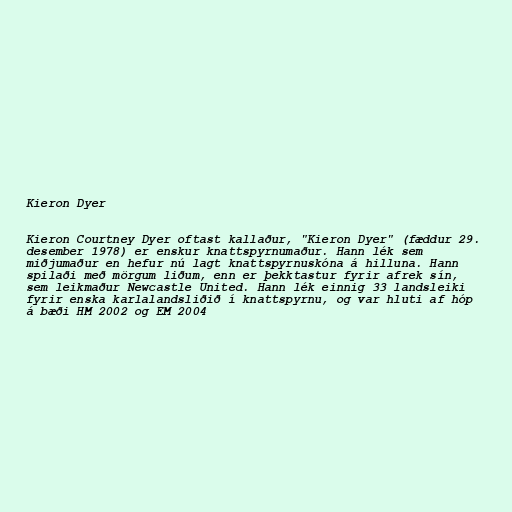
Kieron Dyer

Kieron Courtney Dyer oftast kallaður, "Kieron Dyer" (fæddur 29.
desember 1978) er enskur knattspyrnumaður. Hann lék sem
miðjumaður en hefur nú lagt knattspyrnuskóna á hilluna. Hann
spilaði með mörgum liðum, enn er þekktastur fyrir afrek sín,
sem leikmaður Newcastle United. Hann lék einnig 33 landsleiki
fyrir enska karlalandsliðið í knattspyrnu, og var hluti af hóp
á bæði HM 2002 og EM 2004